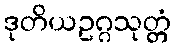
ဒုတိယဥဂ္ဂသုတ္တံ